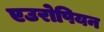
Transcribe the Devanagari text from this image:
एउरोपियन